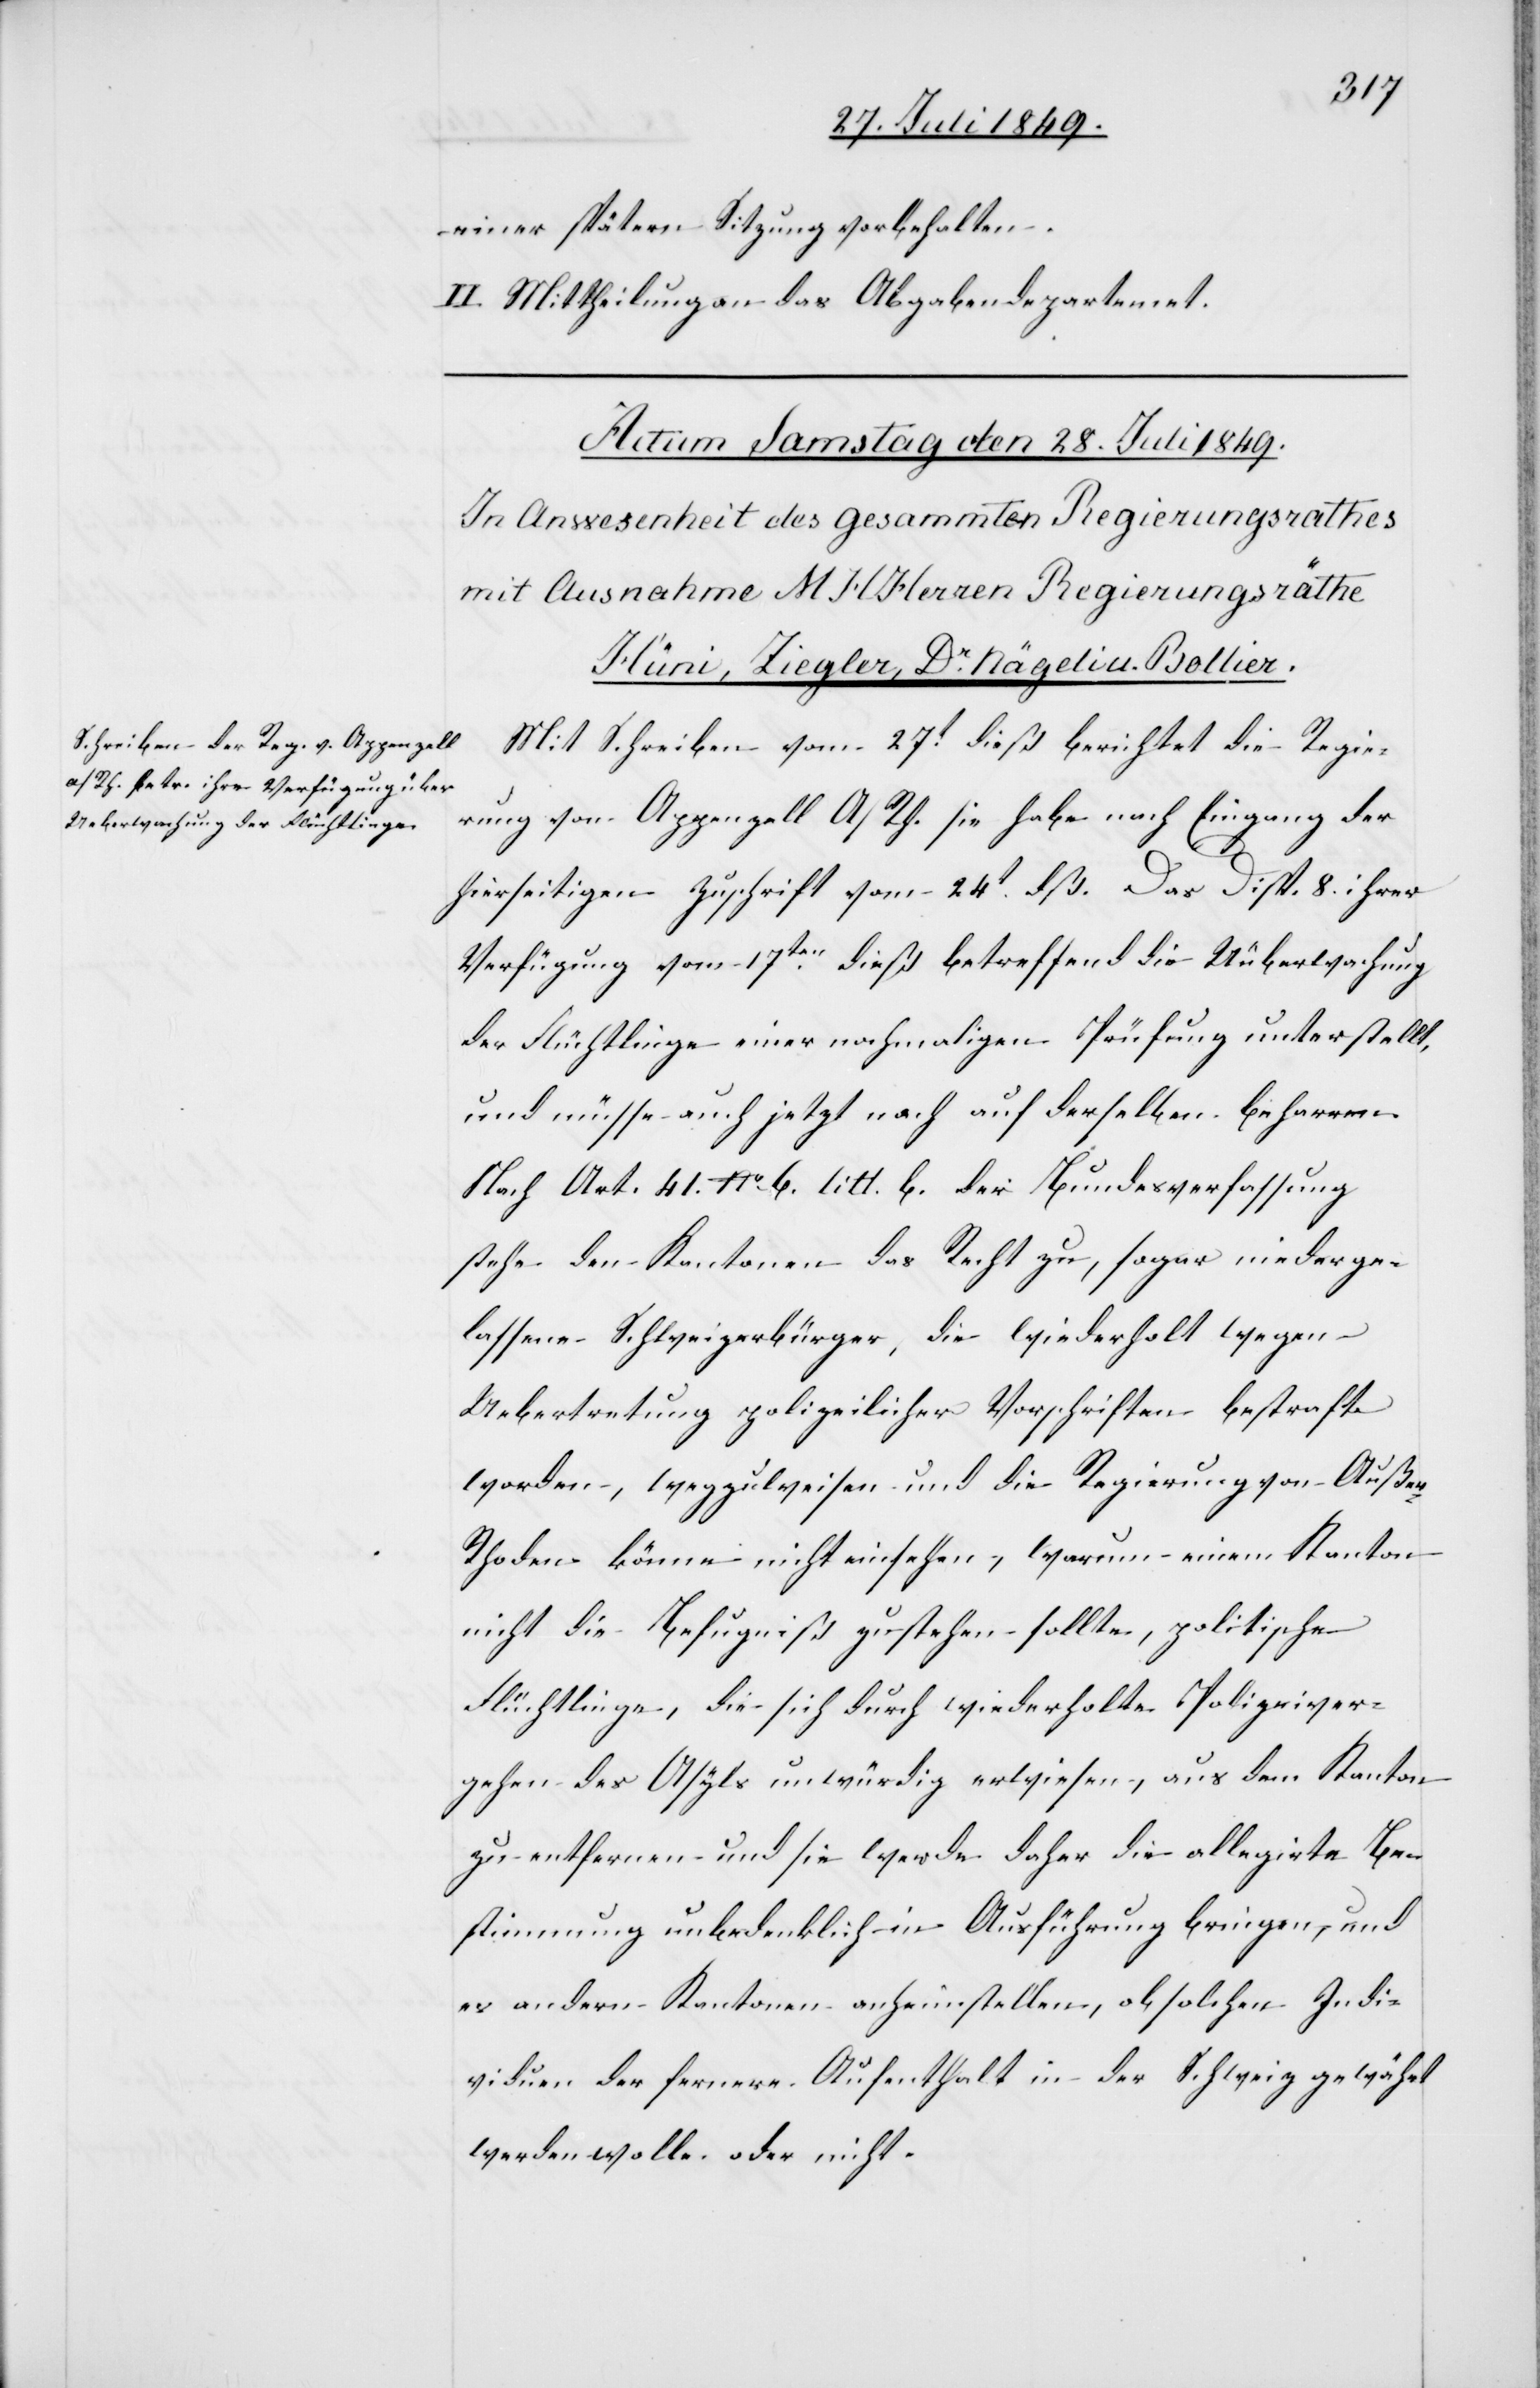
einer spätern Sitzung vorbehalten.
II. Mittheilung an das Abgabendepartement.
Mit Schreiben vom 27t dieß berichtet die Regie¬
rung von Appenzell A/Rh. sie habe nach Eingang der
hierseitigen Zuschrift vom 24t dß. Das [sic!] Disp. 8. ihrer
Verfügung vom 17ten dieß betreffend die Uüberwachung
der Flüchtlinge einer nochmaligen Prüfung unterstellt,
und müsse auch jetzt noch auf derselben beharren.
Nach Art. 41. No. 6. litt. b. der Bundesverfassung
stehe den Kantonen das Recht zu, sogar niederge¬
lassene Schweizerbürger, die wiederholt wegen
Uebertretung polizeilicher Vorschriften bestraft
worden, wegzuweisen und die Regierung von Außer-R¬
hoden könne nicht einsehen, warum einem Kanton
nicht die Befugniß zustehen sollte, politische
Flüchtlinge, die sich durch wiederholte Polizeiver¬
gehen des Asyls unwürdig erwiesen, aus dem Kanton
zu entfernen und sie werde daher die allegirte Be¬
stimmung unbedenklich in Ausführung bringen, und
es andern Kantonen anheimstellen, ob solchen Indi¬
viduen der fernere Aufenthalt in der Schweiz gewährt
werden wolle oder nicht.